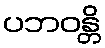
ပဘဝန္တိ